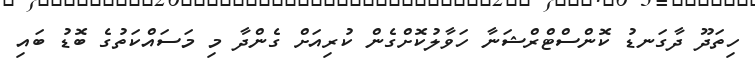
ހިތަދޫ ދާގަނޑު ކޮންސްޓްރްޝަނާ ހަވާލުކޮށްގެން ކުރިއަށް ގެންދާ މި މަސައްކަތުގެ ބޮޑު ބައި